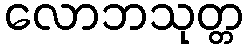
လောဘသုတ္တ